画像に写った文字を読んでください
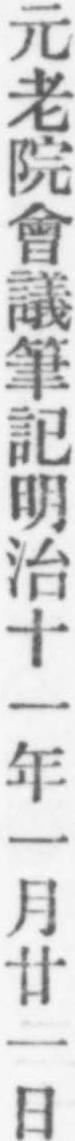
「元老院會議筆記明治十一年一月廿一日」と書いてあります